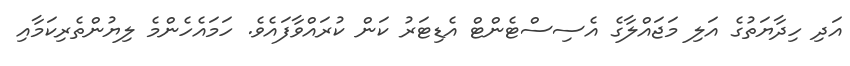
އަދި ހިދާޔަތުގެ އަލި މަޖައްލާގެ އެސިސްޓެންޓް އެޑިޓަރު ކަން ކުރައްވާފައެވެ. ހަމައެހެންމެ ލިޔުންތެރިކަމާއި